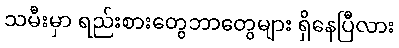
သမီးမှာ ရည်းစားတွေဘာတွေများ ရှိနေပြီလား